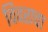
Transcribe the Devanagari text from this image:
विवराचा